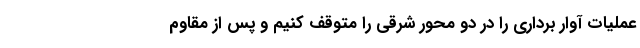
عملیات آوار برداری را در دو محور شرقی را متوقف کنیم و پس از مقاوم